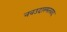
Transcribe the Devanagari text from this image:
नवउदारमतवाद